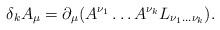
LaTeX: \begin{align*}\delta_{k} A_{\mu}= \partial _{\mu} (A^{\nu_{1}} \ldots A^{\nu_{k}} L_{\nu_{1}\ldots \nu_{k}}). \end{align*}